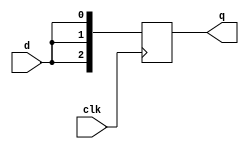
module basicreg ( clk, d, q);
input clk, d;
output [2:0] q;
reg [2:0] q;

(* ivl_synthesis_on *)
always @(posedge clk)
  begin
	q[0] <= d;
	q[1] <= d;
	q[2] <= d;
  end

endmodule